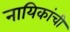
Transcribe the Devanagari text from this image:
नायिकांची